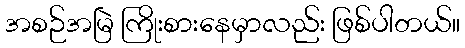
အစဉ်အမြဲ ကြိုးစားနေမှာလည်း ဖြစ်ပါတယ်။